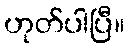
ဟုတ်ပါပြီ။